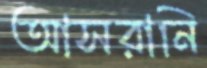
আসরানি